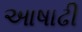
આષાઢી